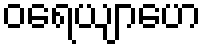
ဝရေယျာဟေ